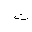
Letter: _ta